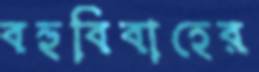
বহুবিবাহের